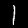
Label: 1